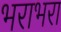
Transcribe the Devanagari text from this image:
भराभरा